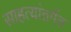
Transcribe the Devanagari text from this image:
साहत्यांतर्गत